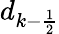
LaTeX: d_{k-\frac 12}